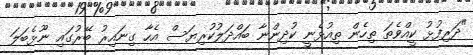
"ދަރިފުޅު ކީއްވެތަ ތިހެން ތިއުޅެނީ ކުދިންނާ ބައްދަލުކުރިޔަސް އެހާ ގިނައިރު ބޭރުގައި ނޫޅެބަލަ